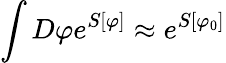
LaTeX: \int D\varphi e^{S[\varphi]}\approx e^{S[\varphi_{0}]}